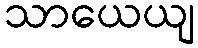
သာယေယျ